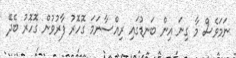
ނަމަވެސް މާ ގިނަ އިން ބަނޑުގައި ރިއްސާނަމަ ގޮހޮރު ފާރުވުން ގޮހޮރު ބެދޭ